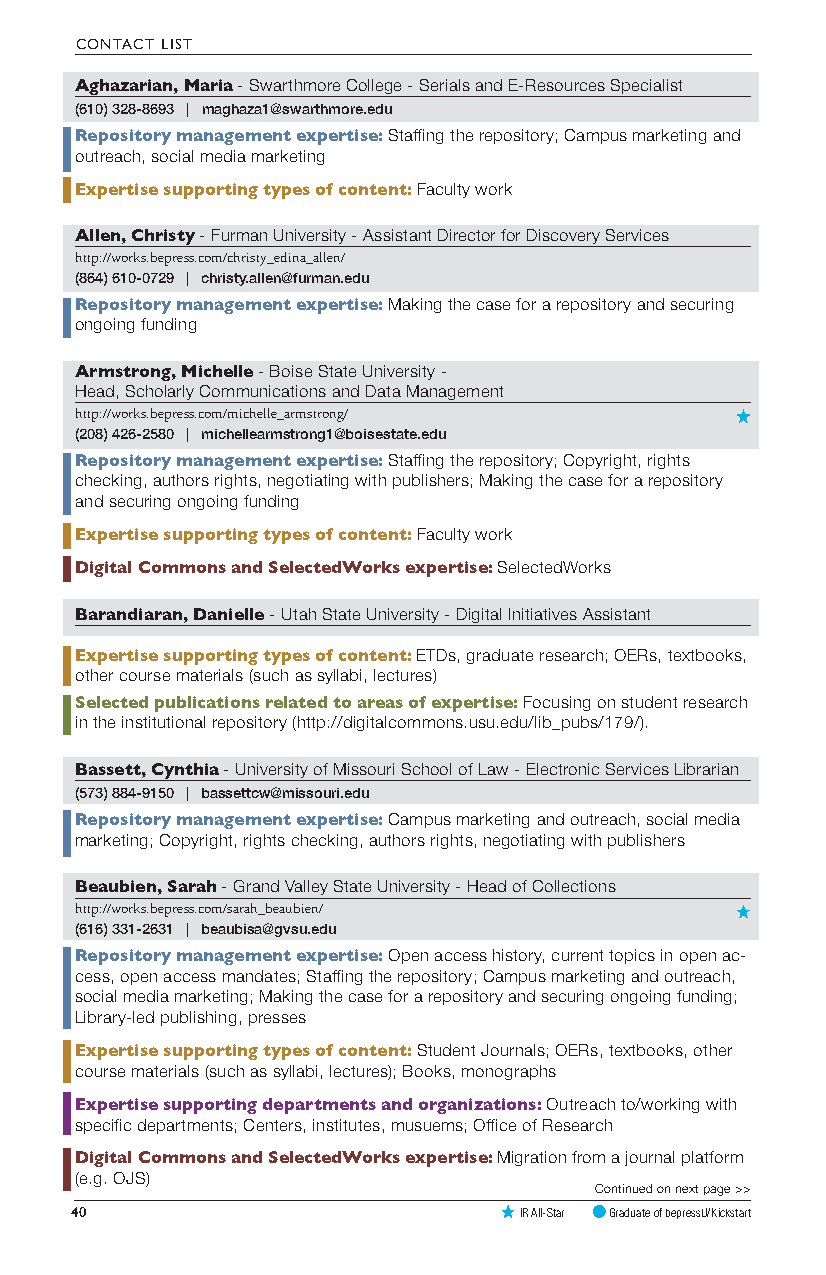
CONTACT LIST
 Aghazarian, Maria - Swarthmore College - Serials and E-Resources Specialist
 (610) 328-8693 | maghaza1@swarthmore.edu
 Repository management expertise: Staffing the repository; Campus marketing and
 outreach, social media marketing
 Expertise supporting types of content: Faculty work
 Allen, Christy - Furman University - Assistant Director for Discovery Services
 http://works.bepress.com/christy_edina_allen/
 (864) 610-0729 | christy.allen@furman.edu
 Repository management expertise: Making the case for a repository and securing
 ongoing funding
 Armstrong, Michelle - Boise State University -
 Head, Scholarly Communications and Data Management
 http://works.bepress.com/michelle_armstrong/
 (208) 426-2580 | michellearmstrong1@boisestate.edu
 Repository management expertise: Staffing the repository; Copyright, rights
 checking, authors rights, negotiating with publishers; Making the case for a repository
 and securing ongoing funding
 Expertise supporting types of content: Faculty work
 Digital Commons and SelectedWorks expertise: SelectedWorks
 Barandiaran, Danielle - Utah State University - Digital Initiatives Assistant
 Expertise supporting types of content: ETDs, graduate research; OERs, textbooks,
 other course materials (such as syllabi, lectures)
 Selected publications related to areas of expertise: Focusing on student research
 in the institutional repository (http://digitalcommons.usu.edu/lib_pubs/179/).
 Bassett, Cynthia - University of Missouri School of Law - Electronic Services Librarian
 (573) 884-9150 | bassettcw@missouri.edu
 Repository management expertise: Campus marketing and outreach, social media
 marketing; Copyright, rights checking, authors rights, negotiating with publishers
 Beaubien, Sarah - Grand Valley State University - Head of Collections
 http://works.bepress.com/sarah_beaubien/
 (616) 331-2631 | beaubisa@gvsu.edu
 Repository management expertise: Open access history, current topics in open ac-
 cess, open access mandates; Staffing the repository; Campus marketing and outreach,
 social media marketing; Making the case for a repository and securing ongoing funding;
 Library-led publishing, presses
 Expertise supporting types of content: Student Journals; OERs, textbooks, other
 course materials (such as syllabi, lectures); Books, monographs
 Expertise supporting departments and organizations: Outreach to/working with
 specific departments; Centers, institutes, musuems; Office of Research
 Digital Commons and SelectedWorks expertise: Migration from a journal platform
 (e.g. OJS)
 Continued on next page >>
 40                           IR All-Star Graduate of bepressU/Kickstart